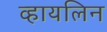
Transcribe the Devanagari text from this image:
व्हायलिन